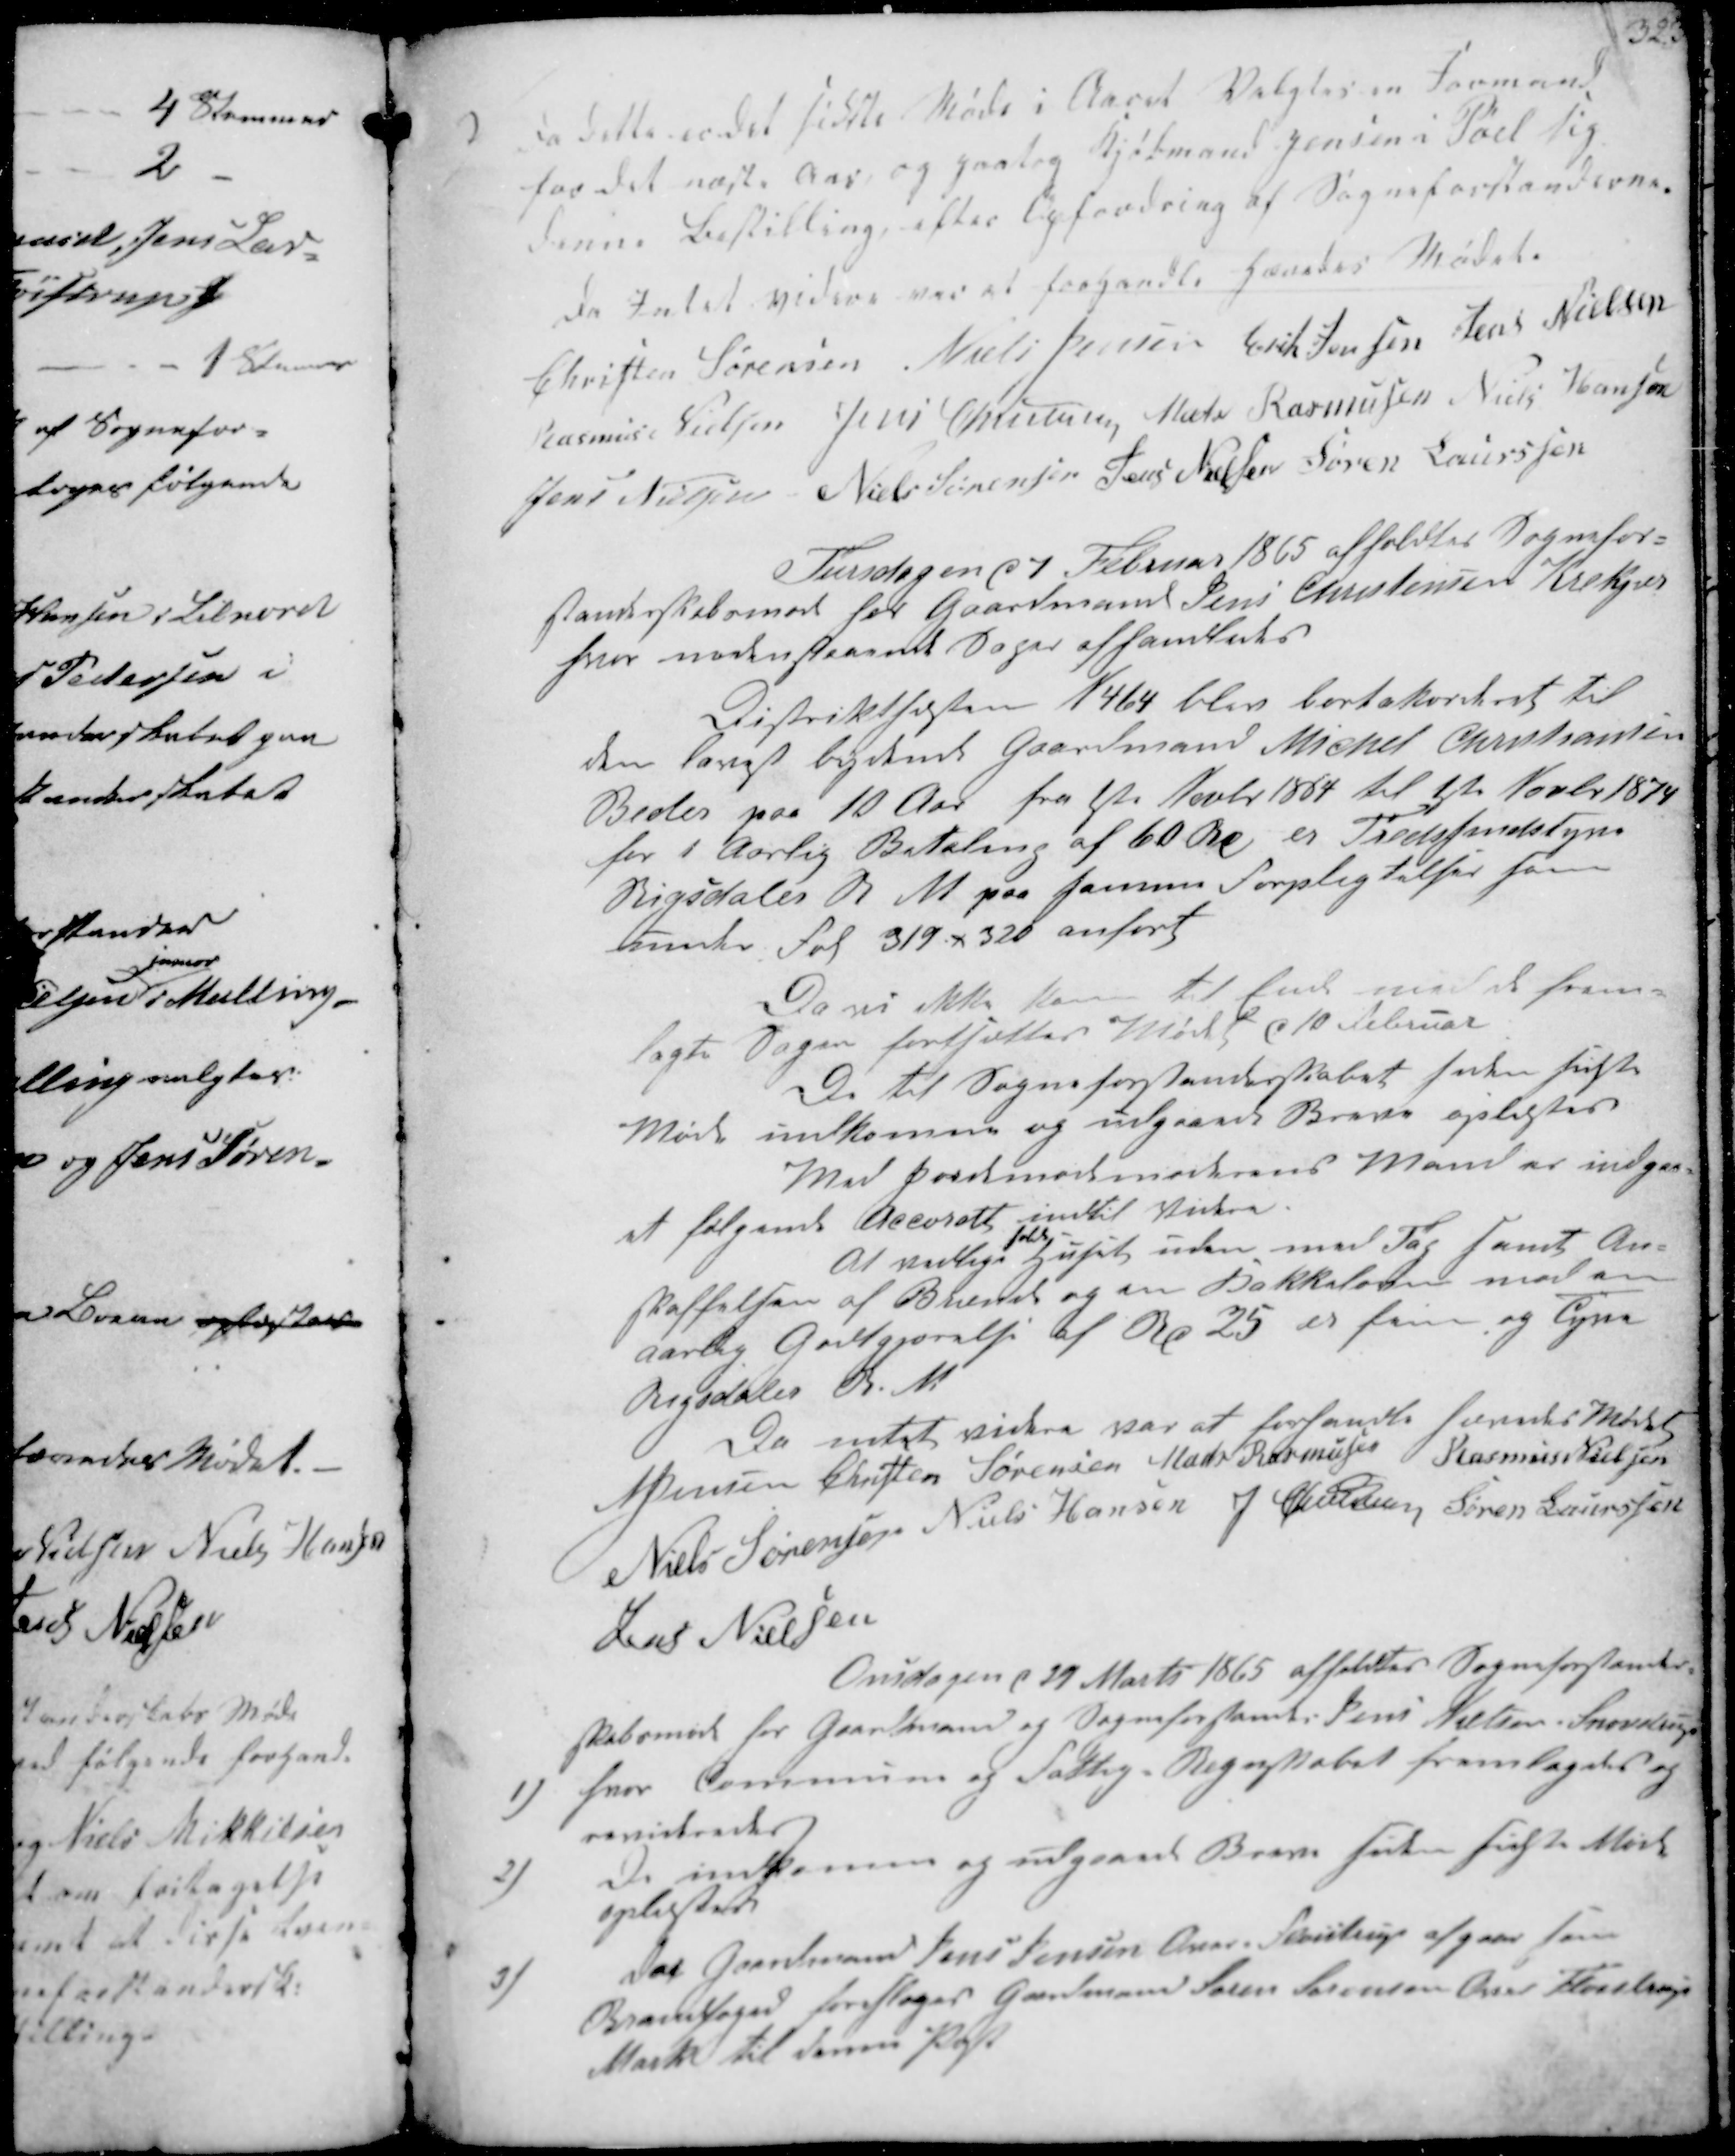
Transskription:
2/ Da dette er det sidste Møde i Aaret Valgtes en Formand
for det næste Aar, og paatog Kjøbmand Jensen i Pøel sig
denne Bestilling, efter Opfordring af Sogneforstanderne.

Da Intet videre var at forhandle hævedes Mødet.
Christen Sørensen
Niels Jensen
Erik Jensen
Jens Nielsen
Rasmus Nielsen
Jens Christensen
Mads Rasmussen
Niels Hansen
Jens Nielsen
Niels Sørensen
Jens Nielsen
Søren Laurssen

Tirsdagen d 7 Februar 1865 afholdtes Sognefor-
standerskabsmøde hos Gaardmand Jens Christensen Krekjær
hvor nedenstaaende Sager afhandledes

Distrikthesten N464 blev bortakorderet til
den lavest bydende Gaardmand Mickel Christiansen
Beder paa 10 Aar fra 1ste Novbr 1864 til 1ste Novbr 1874
for i Aarlig Betaling af 60 Rd er Tredssindstyve
Rigsdaler R M paa samme Forpligtelser som
under Fol 319 x 320 anført

Da vi ikke kom til Ende med de frem-
lagte Sager fortsættes Mødet d 10 Februar
De til Sogneforstanderskabet siden sidste
Møde indkomne og udgaaede Breve oplæstes
Med Jordmodsmoderens Mand er indgaa-
et følgende Accordt indtil Videre.
At vedlige
holde
Huset uden med Fag samt An-
skaffelsen af Brenede og en Kakkeloven med en
aarlig Godtgjørelse af Rd 25 er fem og Tyve
Rigsdaler R. M

Da intet videre var at forhandle hævedes Mødet
N Jensen
Christen Sørensen
Mads Rasmussen
Rasmus Nielsen
Niels Sørensen
Niels Hansen
J Christensen
Søren Laurssen
Jens Nielsen

Onsdagen d 29 Marts 1865 afholdtes Sogneforstander-
skabsmøde hos Gaardmand og Sogneforstander Jens Nielsen i Snovdrup

1) hvor Commune og Fattig-Regnskabet fremlagdes og
revideredes
2)
De indkomne og udgaaede Breve siden sidste Møde
oplæstes
3)
Da Gaardmand Jens Jensen Over-Fløistrup afgaae som
Brandfoged foresloges Gardmand Søren Sørensen Over Fløistrup
Mark til denne Post